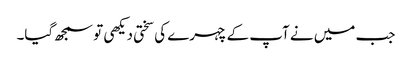
جب میں نے آپ کے چہرے کی سختی دیکھی تو سمجھ گیا۔